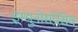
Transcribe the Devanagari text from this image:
इम्युनोसप्रेसिव